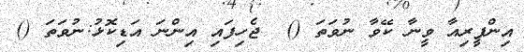
އިންފީރިއާ ވީނާ ކޭވާ ނުވަތަ ()  ޖެހިފައި އިންނަ އަޑިކޮޅު:ނުވަތަ ()